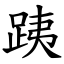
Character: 跠